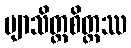
ဗျာသိတ္တစိတ္တဿ